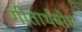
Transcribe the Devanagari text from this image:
गीतार्थबोध